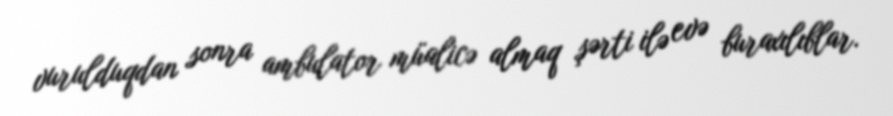
vurulduqdan sonra ambulator müalicə almaq şərti ilə evə buraxılıblar.